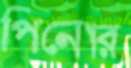
পিনোর